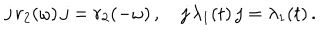
LaTeX: j \, r _ { 2 } ( \omega ) \, j = r _ { 2 } ( - \omega ) \, , \quad j \, \lambda _ { 1 } ( t ) \, j = \lambda _ { 1 } ( t ) \, .